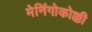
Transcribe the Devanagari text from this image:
मेनिंगोकोक्की